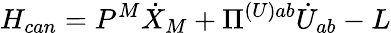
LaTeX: H_{can}=P^{M}\dot{X}_{M}+\Pi^{(U)ab}\dot{U}_{ab}-L